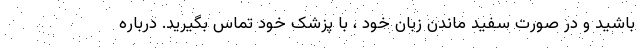
باشید و در صورت سفید ماندن زبان خود ، با پزشک خود تماس بگیرید. درباره